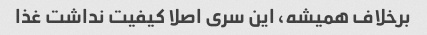
برخلاف همیشه، این سری اصلا کیفیت نداشت غذا